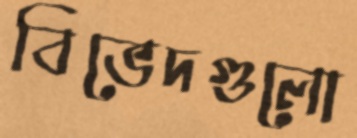
বিভেদগুলো